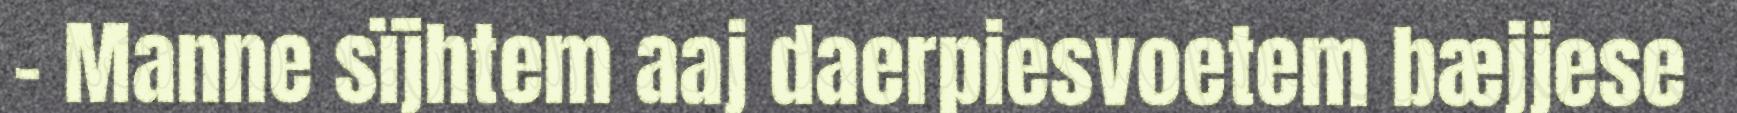
- Manne sïjhtem aaj daerpiesvoetem bæjjese